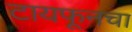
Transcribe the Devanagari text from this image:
टायफूनचा